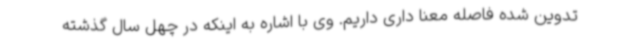
تدوین شده فاصله معنا داری داریم. وی با اشاره به اینکه در چهل سال گذشته